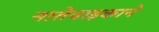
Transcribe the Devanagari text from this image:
नातेवाइकाने